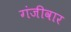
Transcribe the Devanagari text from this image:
गंजीवार